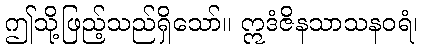
ဤသို့ဖြည့်သည်ရှိသော်။ ဣဒံဇိနသာသနဝရံ၊